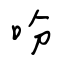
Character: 吩